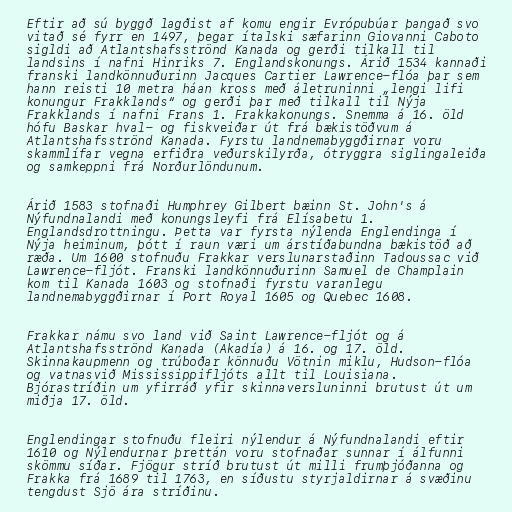
Eftir að sú byggð lagðist af komu engir Evrópubúar þangað svo
vitað sé fyrr en 1497, þegar ítalski sæfarinn Giovanni Caboto
sigldi að Atlantshafsströnd Kanada og gerði tilkall til
landsins í nafni Hinriks 7. Englandskonungs. Árið 1534 kannaði
franski landkönnuðurinn Jacques Cartier Lawrence-flóa þar sem
hann reisti 10 metra háan kross með áletruninni „lengi lifi
konungur Frakklands“ og gerði þar með tilkall til Nýja
Frakklands í nafni Frans 1. Frakkakonungs. Snemma á 16. öld
hófu Baskar hval- og fiskveiðar út frá bækistöðvum á
Atlantshafsströnd Kanada. Fyrstu landnemabyggðirnar voru
skammlífar vegna erfiðra veðurskilyrða, ótryggra siglingaleiða
og samkeppni frá Norðurlöndunum.

Árið 1583 stofnaði Humphrey Gilbert bæinn St. John's á
Nýfundnalandi með konungsleyfi frá Elísabetu 1.
Englandsdrottningu. Þetta var fyrsta nýlenda Englendinga í
Nýja heiminum, þótt í raun væri um árstíðabundna bækistöð að
ræða. Um 1600 stofnuðu Frakkar verslunarstaðinn Tadoussac við
Lawrence-fljót. Franski landkönnuðurinn Samuel de Champlain
kom til Kanada 1603 og stofnaði fyrstu varanlegu
landnemabyggðirnar í Port Royal 1605 og Quebec 1608.

Frakkar námu svo land við Saint Lawrence-fljót og á
Atlantshafsströnd Kanada (Akadía) á 16. og 17. öld.
Skinnakaupmenn og trúboðar könnuðu Vötnin miklu, Hudson-flóa
og vatnasvið Mississippifljóts allt til Louisiana.
Bjórastríðin um yfirráð yfir skinnaversluninni brutust út um
miðja 17. öld.

Englendingar stofnuðu fleiri nýlendur á Nýfundnalandi eftir
1610 og Nýlendurnar þrettán voru stofnaðar sunnar í álfunni
skömmu síðar. Fjögur stríð brutust út milli frumþjóðanna og
Frakka frá 1689 til 1763, en síðustu styrjaldirnar á svæðinu
tengdust Sjö ára stríðinu.